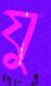
যু